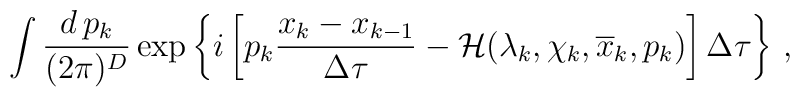
\int \frac{d\,p_k}{(2\pi)^D}\exp \left\{ i \left[p_k\frac{x_k-x_{k-1}}{\Delta\tau} - {\cal H}(\lambda_k,\chi_k,\overline{x}_k,p_k) \right]\Delta\tau\right\} \,,